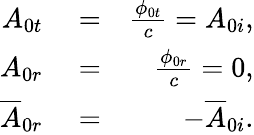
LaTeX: \begin{array}{rlr}{A_{0t}}&{{}=}&{\frac{\phi_{0t}}{c}=A_{0i},}\\ {A_{0r}}&{{}=}&{\frac{\phi_{0r}}{c}=0,}\\ {\overline{{A}}_{0r}}&{{}=}&{-\overline{{A}}_{0i}.}\end{array}